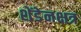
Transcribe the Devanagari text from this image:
शेंडेनक्षत्र